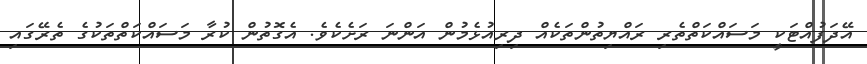
އޭދަފުއްޓަކީ މަސައްކަތްތެރި ރައްޔިތުންތަކެއް ދިރިއުޅެމުން އަންނަ ރަށެކެވެ. އެގޮތުން ކުރާ މަސައްކަތްތަކުގެ ތެރޭގައި